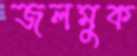
জলমুক